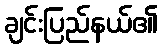
ချင်းပြည်နယ်၏